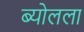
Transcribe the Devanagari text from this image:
ब्योलला